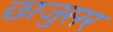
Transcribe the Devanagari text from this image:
छाजुसर